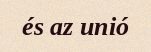
és az unió